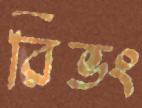
রিভং